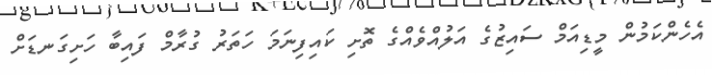
އެހެންކަމުން މީޑިއަމް ސައިޒުގެ އަލުއްވެއްގެ ތޮށި ކައިފިނަމަ ހަތަރު ގުރާމް ފައިބާ ހަށިގަނޑަށް